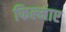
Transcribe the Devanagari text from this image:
फिल्‍माए